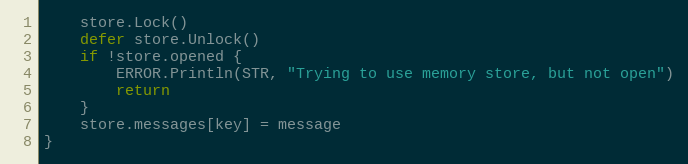
Language: Go
	store.Lock()
	defer store.Unlock()
	if !store.opened {
		ERROR.Println(STR, "Trying to use memory store, but not open")
		return
	}
	store.messages[key] = message
}